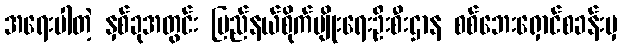
အရေးပါတဲ့ နှစ်ခုအတွင်း ပြည်နယ်စိုက်ပျိုးရေးဦးစီးဌာန စစ်ဘေးရှောင်စခန်းမှ